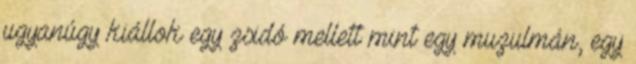
ugyanúgy kiállok egy zsidó mellett mint egy muzulmán, egy